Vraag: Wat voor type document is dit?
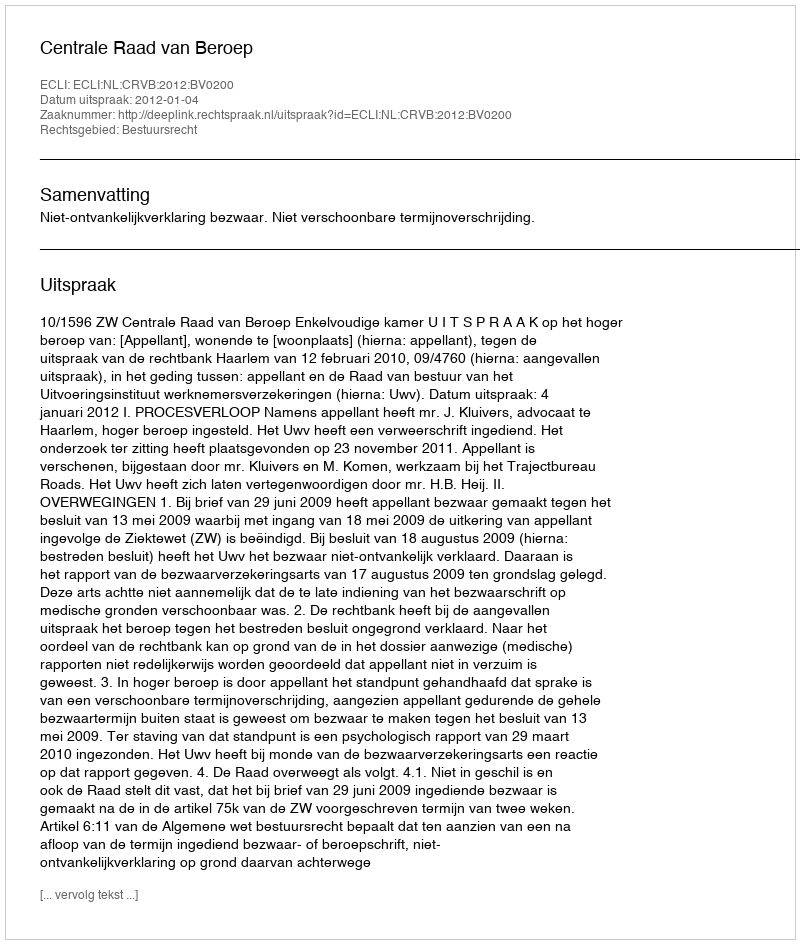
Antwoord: Uitspraak